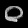
Digit: ၀